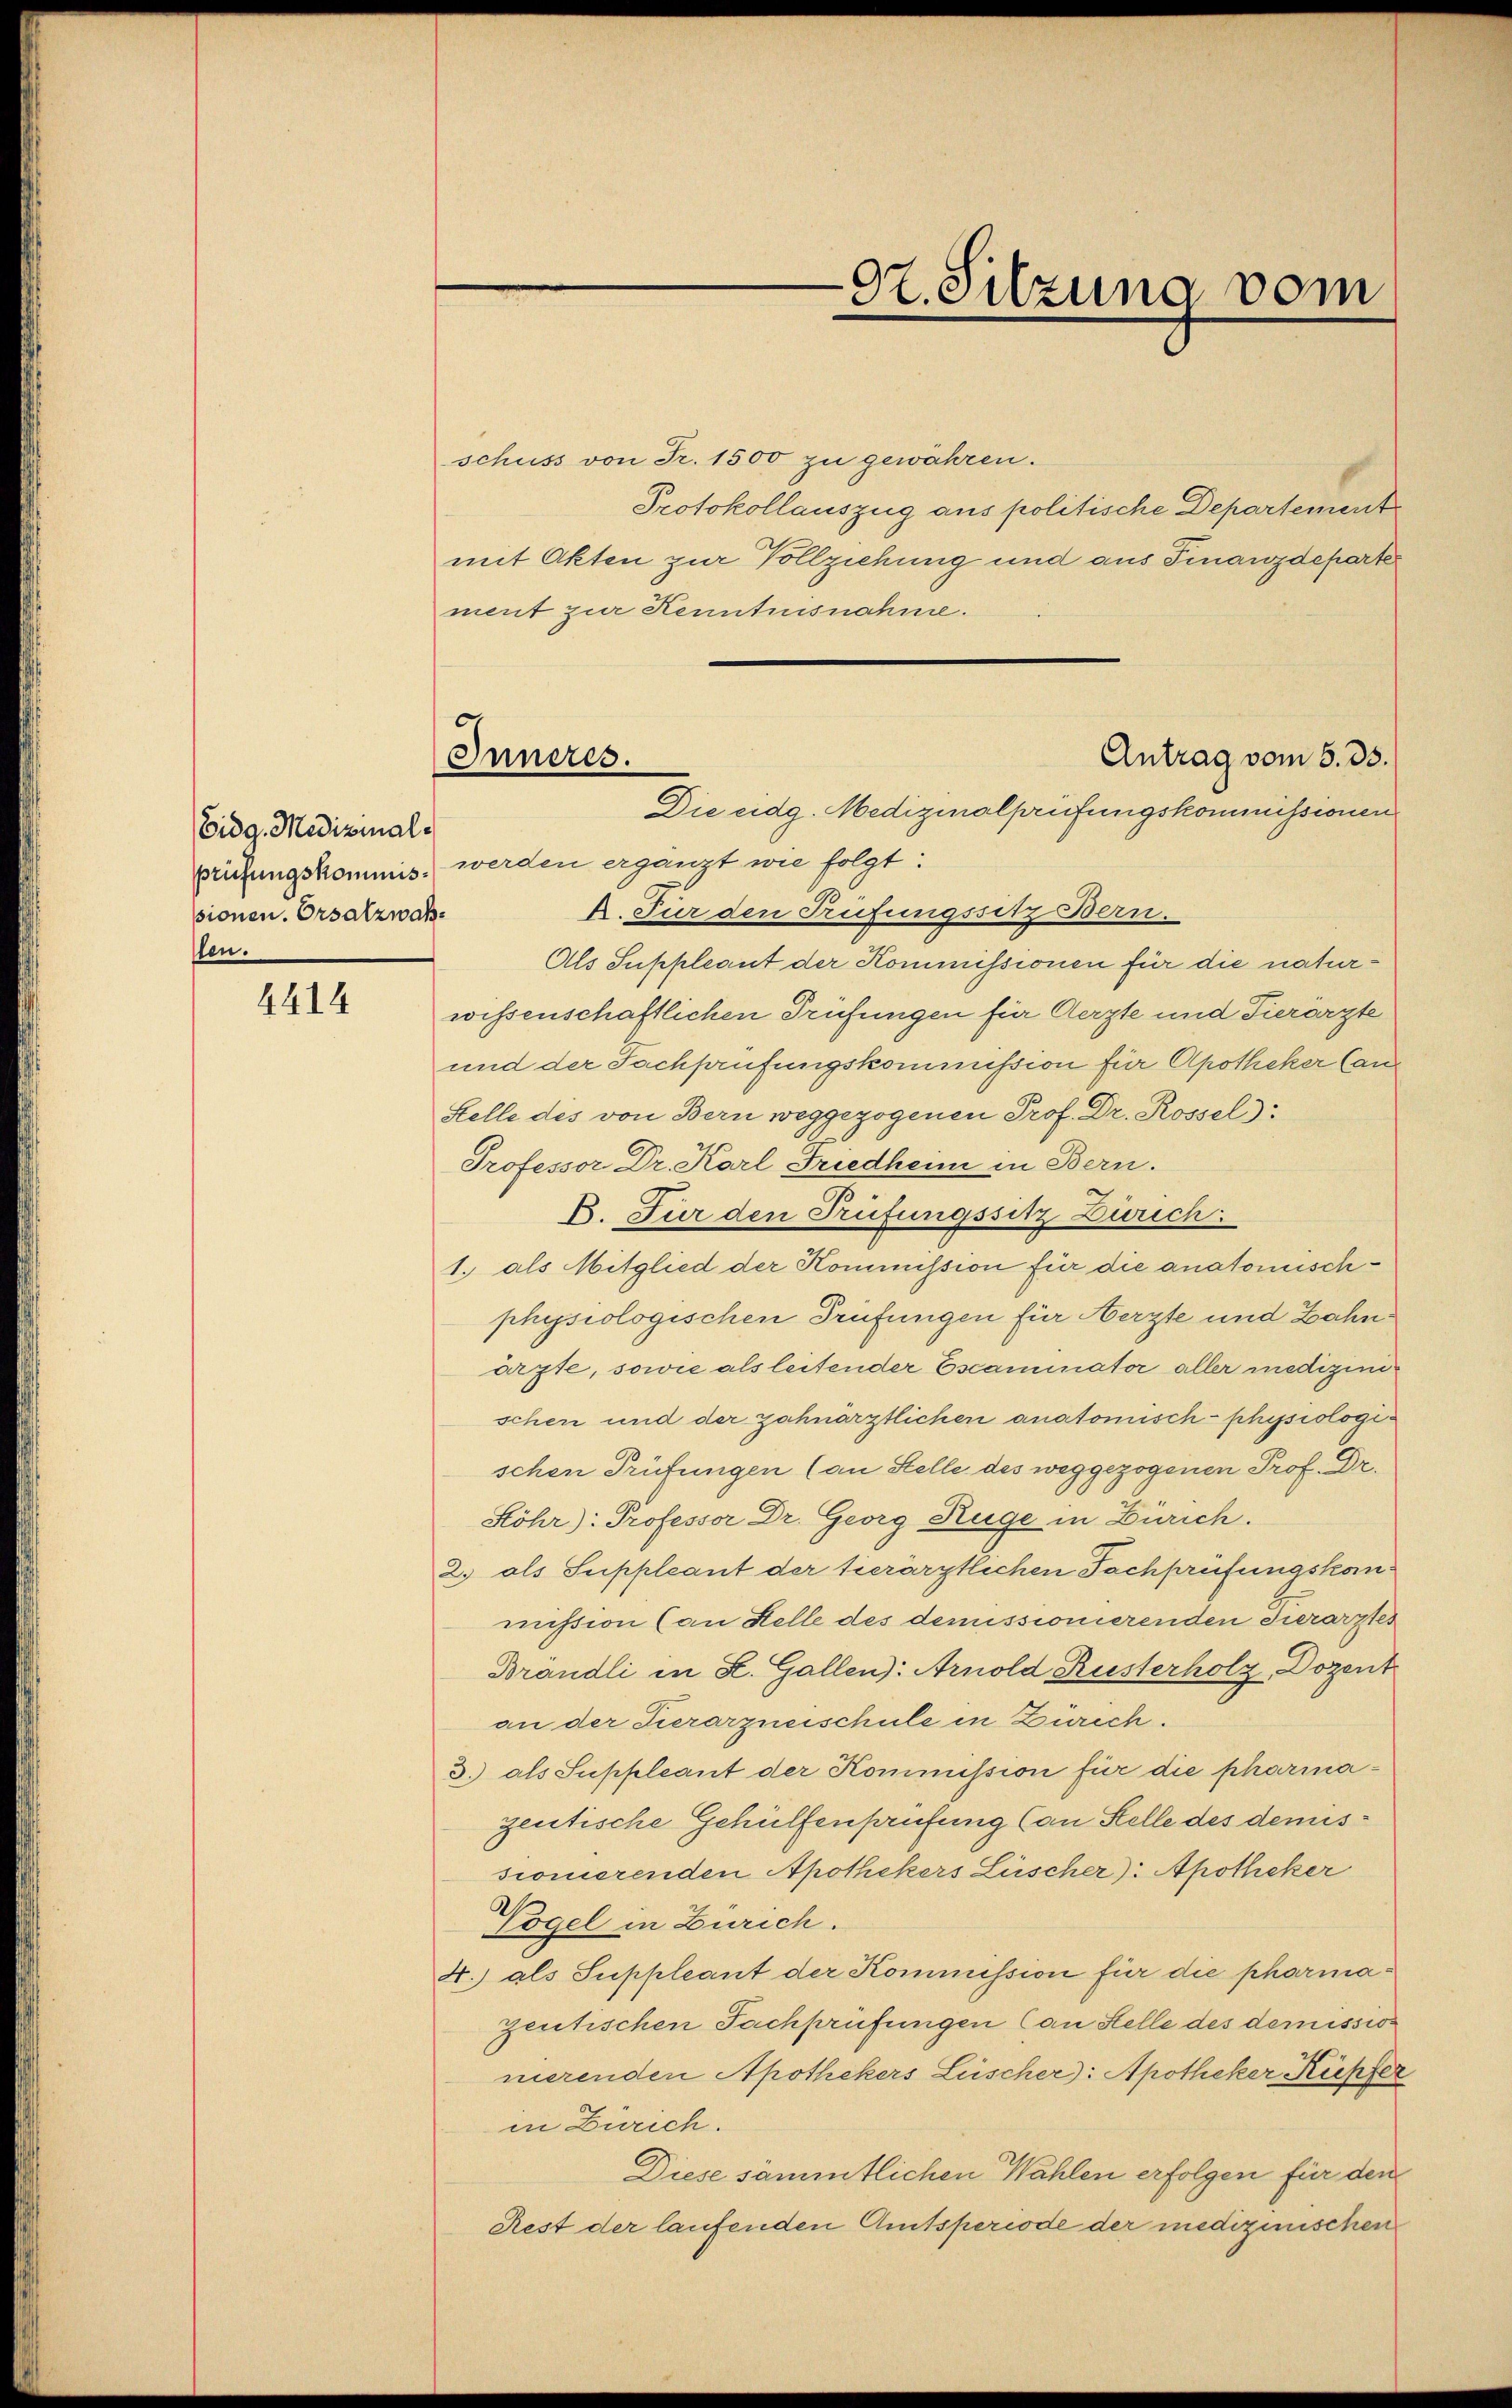
Eidg. Medizinals
prüfungskommisssionen. Ersatzwahllen.

4414

Inneres.

97. Sitzung vom

schuss von Fr. 1500 zu gewähren.
Protokollauszug aus politische Departement
mit Akten zur Vollziehung und aus Finanzdeparte
ment zur Kenntnisnahme.
Die eidg. Medizinalprüfungskommissionen
werden ergänzt wie folgt:
k. Für den Trüfungssitz Bern.
Als Suppleant der Kommissionen für die naturwissenschaftlichen Prüfungen für Aerzte und Tierärzte
und der Sachprüfungskommission für Apotheker Can¬
Stelle des von Bern weggezogenen Prof. Dr. Rossel):
Professor Dr. Karl Friedhem in Bern.
E. Für den Prüfungssitz Zürich:
1. als Mitglied der Kommission für die anatomischphysiologischen Prüfungen für Aerzte und Zahncrpte, sowie als leitender Escaminator aller medizinischen und der zahnärztlichen anatomisch-physiologischen Prüfungen (an Stelle des weggezogenen Prof. Dr.
Höhr: Professor Dr. Georg Rüge in Zürich.
2.) als Suppleant der tierärztlichen Fachprüfungskommission (an Stelle des demissionierenden Tierarztes
Brändli in St. Gallen: Arnold Rusterholz, Dozent
an der Tierarzneischule in Zürich.
3. als Suppleant der Kommission für die pharmazentische Gehülfenprüfung (an Stelle des demissionierenden Apothekers Lüscher: Apotheker
Vögel in Zürich.
4.) als Suppleant der Kommission für die pharmazeutischen Fachprüfungen (an Stelle des demission
nierenden Apothekers Lüscher: Apotheker Kupfer
in Zürich.
Diese sämmtlichen Wahlen erfolgen für den
Rest der laufenden Amtsperiode der medizinischen

Antrag vom 5. 35.